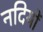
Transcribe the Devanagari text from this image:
नदियों